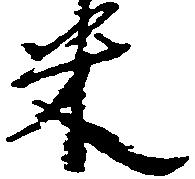
米